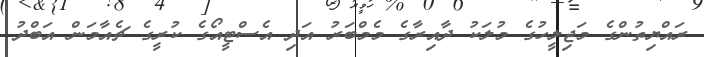
ރައްޔިތުންގެ މަޖިލީހުގެ މުލަކު ދާއިރާގެ މެމްބަރު އަދި އެސްޓީއޯގެ ކުރީގެ ޗެއާމަން އަބްދު